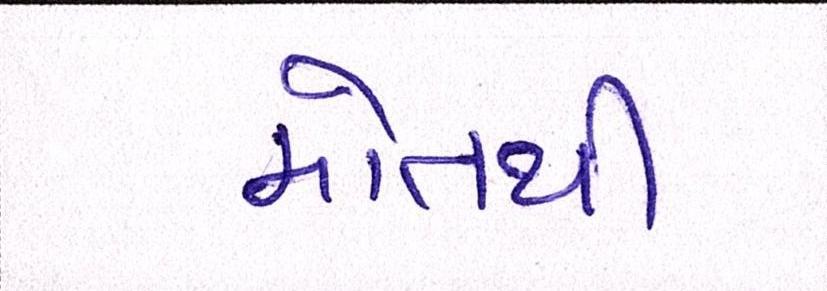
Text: મોતથી